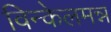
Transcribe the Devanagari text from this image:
विन्केलमन्न